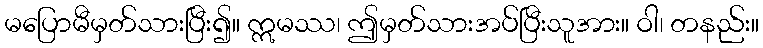
မပြောမီမှတ်သားပြီး၍။ ဣမဿ၊ ဤမှတ်သားအပ်ပြီးသူအား။ ဝါ၊ တနည်း။